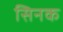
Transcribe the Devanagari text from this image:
सिनक